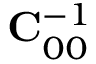
{ \bf C } _ { 0 0 } ^ { - 1 }